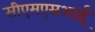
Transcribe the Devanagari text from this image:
सीएमएसआई